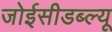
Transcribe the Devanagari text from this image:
जोईसीडब्ल्यू